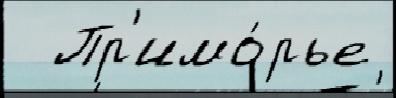
  Пр'имо́рье